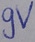
Text: 9V